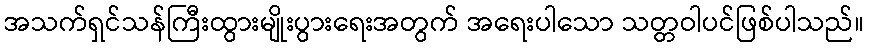
အသက်ရှင်သန်ကြီးထွားမျိုးပွားရေးအတွက် အရေးပါသော သတ္တဝါပင်ဖြစ်ပါသည်။